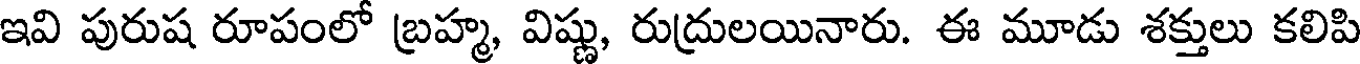
ఇవి పురుష రూపంలో బ్రహ్మ, విష్ణు, రుద్రులయినారు. ఈ మూడు శక్తులు కలిపి